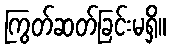
ကြွတ်ဆတ်ခြင်းမရှိ။